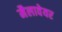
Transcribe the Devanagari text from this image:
मैलावेयर